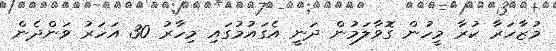
މުޒާހަރާ ކުރާ މީހުން ގޮވާލަމުން ދަނީ އެގައުމުގައި މިހާރު 30 އަހަރު ވަންދެން